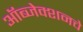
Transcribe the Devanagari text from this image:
ऑब्जेक्शनचे